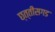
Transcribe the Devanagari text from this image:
छ्त्तीसगड